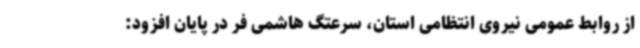
از روابط عمومی نیروی انتظامی استان، سرعتگ هاشمی فر در پایان افزود: